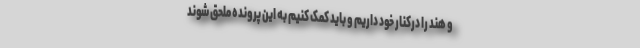
و هند را درکنار خود داریم و باید کمک کنیم به این پرونده ملحق شوند